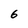
Character: 6